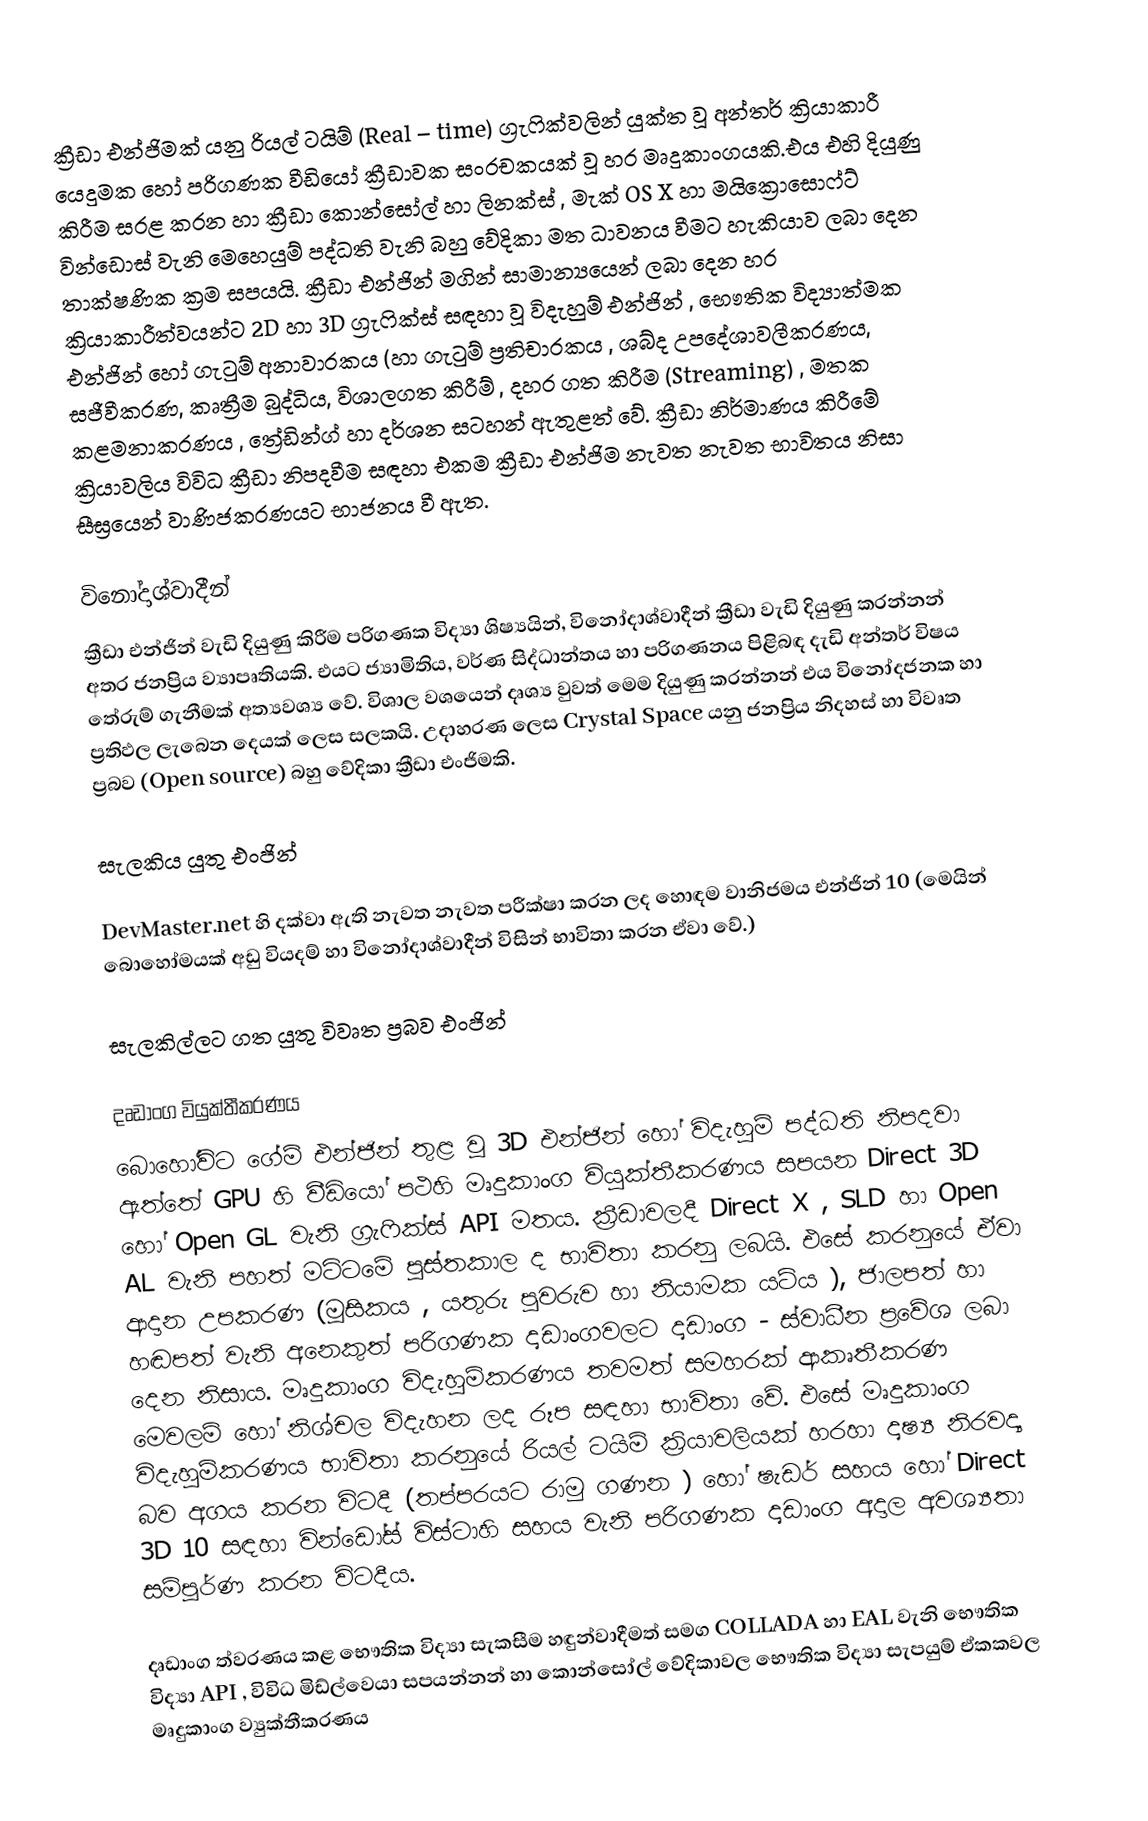
ක්‍රීඩා එන්ජිමක් යනු රියල් ටයිම් (Real – time) ග්‍රැෆික්වලින් යුක්ත වූ අන්තර් ක්‍රියාකාරී යෙදුමක හෝ පරිගණක වීඩියෝ ක්‍රීඩාවක සංරචකයක් වූ හර මෘදුකාංගයකි.එය එහි දියුණු කිරීම සරළ කරන හා ක්‍රීඩා කොන්සෝල් හා ලිනක්ස් , මැක් OS X හා මයික්‍රොසොෆ්ට් වින්ඩොස් වැනි මෙහෙයුම් පද්ධති වැනි බහු වේදිකා මත ධාවනය වීමට හැකියාව ලබා දෙන තාක්ෂණික ක්‍රම සපයයි. ක්‍රීඩා එන්ජින් මගින් සාමාන්‍යයෙන් ලබා දෙන හර ක්‍රියාකාරීත්වයන්ට 2D හා 3D ග්‍රැෆික්ස් සඳහා වූ විදැහුම් එන්ජින් , භෞතික විද්‍යාත්මක එන්ජින් හෝ ගැටුම් අනාවාරකය (හා ගැටුම් ප්‍රතිචාරකය , ශබ්ද උපදේශාවලීකරණය, සජීවීකරණ, කෘත්‍රීම බුද්ධිය, විශාලගත කිරීම් , දහර ගත කිරීම (Streaming) , මතක කළමනාකරණය , ත්‍රේඩින්ග් හා දර්ශන සටහන් ඇතුළත් වේ. ක්‍රීඩා නිර්මාණය කිරීමේ ක්‍රියාවලිය විවිධ ක්‍රීඩා නිපදවීම සඳහා එකම ක්‍රීඩා එන්ජිම නැවත නැවත භාවිතය නිසා සීඝ්‍රයෙන් වාණිජකරණයට භාජනය වී ඇත‍.

විනෝදාශ්වාදීන්
ක්‍රීඩා එන්ජින් වැඩි දියුණු කිරීම පරිගණක විද්‍යා ශිෂ්‍යයින්, විනෝදාශ්වාදීන් ක්‍රීඩා වැඩි දියුණු කරන්නන් අතර ජනප්‍රිය ව්‍යාපෘතියකි. එයට ජ්‍යාමිතිය, වර්ණ සිද්ධාන්තය හා පරිගණනය පිළිබඳ දැඩි අන්තර් විෂය තේරුම් ගැනීමක් අත්‍යවශ්‍ය වේ. විශාල වශයෙන් දෘශ්‍ය වුවත් මෙම දියුණු කරන්නන් එය විනෝදජනක හා ප්‍රතිඵල ලැබෙන දෙයක් ලෙස සලකයි. උදාහරණ ලෙස Crystal Space  යනු ජනප්‍රිය නිදහස් හා විවෘත ප්‍රබව (Open source) බහු වේදිකා ක්‍රීඩා එංජිමකි.

සැලකිය යුතු එංජින්

DevMaster.net හි දක්වා ඇති නැවත නැවත පරීක්ෂා කරන ලද හොඳම වානිජමය එන්ජින් 10 (මෙයින් බොහෝමයක් අඩු වියදම් හා විනෝදාශ්වාදීන් විසින් භාවිතා කරන ඒවා වේ.)

සැලකිල්ලට ගත යුතු විවෘත ප්‍රබව එංජින්

දෘඩාංග වියුක්තීකරණය
බොහෝවිට ගේම් එන්ජින් තුළ වූ  3D එන්ජින් හෝ විදැහුම් පද්ධති නිපදවා ඇත්තේ GPU හි වීඩියෝ පථහි මෘදුකාංග වියුක්තීකරණය සපයන Direct 3D හෝ Open GL වැනි ග්‍රැෆික්ස් API මතය.  ක්‍රීඩාවලදී Direct X , SLD හා Open AL වැනි පහත් මට්ටමේ පුස්තකාල ද භාවිතා කරනු ලබයි. එසේ කරනුයේ ඒවා ආදාන උපකරණ (මූසිකය , යතුරු පුවරුව හා නියාමක යටිය ), ජාලපත් හා හඬපත් වැනි අනෙකුත් පරිගණක දෘඩාංගවලට දෘඩාංග - ස්වාධීන ප්‍රවේශ ලබා දෙන නිසාය. මෘදුකාංග විදැහුම්කරණය තවමත් සමහරක් ආකෘතීකරණ මෙවලම් හෝ නිශ්චල විදැහන ලද රූප සඳහා භාවිතා වේ. එසේ මෘදුකාංග විදැහුම්කරණය භාවිතා කරනුයේ රියල් ටයිම් ක්‍රියාවලියක් හරහා දෘෂ්‍ය නිරවද්‍ය බව අගය කරන විටදී (තප්පරයට රාමු ගණන ) හෝ ෂැඩර් සහය හෝ Direct 3D 10 සඳහා වින්ඩෝස් විස්ටාහි සහය වැනි පරිගණක දෘඩාංග අදාල අවශ්‍යතා සම්පූර්ණ කරන විටදීය.

දෘඩාංග ත්වරණය කළ භෞතික විද්‍යා සැකසීම හඳුන්වාදීමත් සමග COLLADA හා EAL වැනි භෞතික විද්‍යා API , විවිධ මිඩ්ල්වෙයා සපයන්නන් හා කොන්සෝල් වේදිකාවල භෞතික විද්‍යා සැපයුම් ඒකකවල මෘදුකාංග ව්‍යුක්තීකරණය